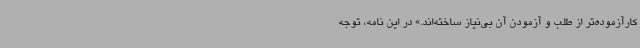
کارآزموده‌تر از طلب و آزمودن آن بی‌نیاز ساخته‌اند.» در این نامه، توجه